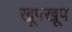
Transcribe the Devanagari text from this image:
खूपखूप